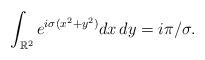
LaTeX: \begin{align*}\int_{\mathbb{R}^{2}}e^{i\sigma(x^{2}+y^{2})}dx\,dy=i\pi/\sigma.\end{align*}